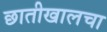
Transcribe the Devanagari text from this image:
छातीखालचा